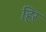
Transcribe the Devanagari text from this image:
हिर